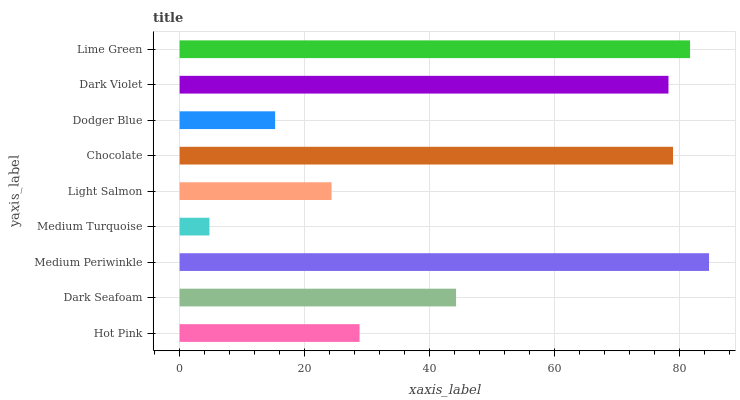
| yaxis_label | bars |
 | --- | --- |
 | Hot Pink | 28.8 |
 | Dark Seafoam | 44.2 |
 | Medium Periwinkle | 84.7 |
 | Medium Turquoise | 4.77 |
 | Light Salmon | 24.3 |
 | Chocolate | 78.9 |
 | Dodger Blue | 15.3 |
 | Dark Violet | 78.2 |
 | Lime Green | 81.7 |